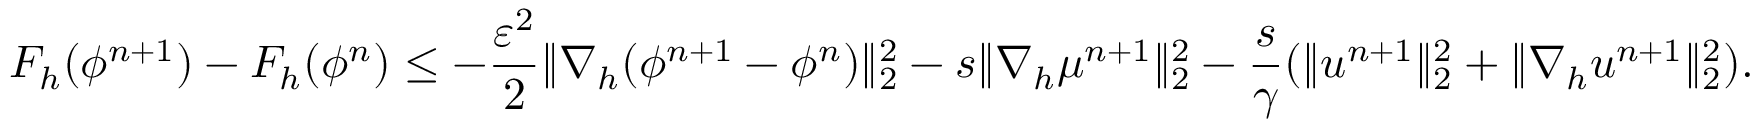
F _ { h } ( \phi ^ { n + 1 } ) - F _ { h } ( \phi ^ { n } ) \leq - \frac { \varepsilon ^ { 2 } } { 2 } \| \nabla _ { h } ( \phi ^ { n + 1 } - \phi ^ { n } ) \| _ { 2 } ^ { 2 } - s \| \nabla _ { h } \mu ^ { n + 1 } \| _ { 2 } ^ { 2 } - \frac { s } { \gamma } ( \| \boldsymbol { u } ^ { n + 1 } \| _ { 2 } ^ { 2 } + \| \nabla _ { h } \boldsymbol { u } ^ { n + 1 } \| _ { 2 } ^ { 2 } ) .